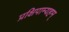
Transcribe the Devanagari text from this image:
प्रक्षिपाम्यहम्